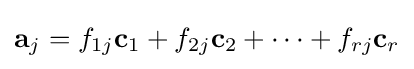
\mathbf {a} _{j}=f_{1j}\mathbf {c} _{1}+f_{2j}\mathbf {c} _{2}+\cdots +f_{rj}\mathbf {c} _{r}